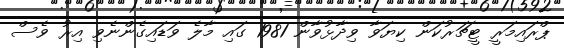
ޕްރައިމަރީ ޓީޗަރުކަން ކިޔަވާ ވިދާޅުވާން 1981 ގައި މާލެ ވަޑައިގެންނެވި އިރު ވެސް